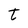
Character: t